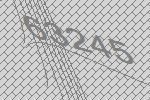
63245